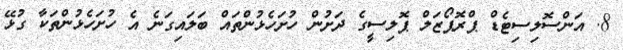
8. އަންސޮލިސިޓެޑް ޕްރޮޕޯޒަލް ޕޮލިސީގެ ދަށުން ހުށަހެޅުންތައް ބަލައިގަނެ އެ ހުށަހެޅުންތަކާ ގުޅޭ